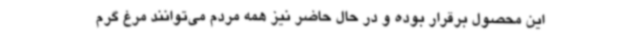
این محصول برقرار بوده و در حال حاضر نیز همه مردم می‌توانند مرغ گرم